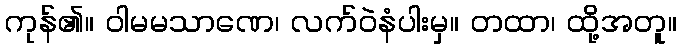
ကုန်၏။ ဝါမမသာဏေ၊ လက်ဝဲနံပါးမှ။ တထာ၊ ထို့အတူ။